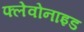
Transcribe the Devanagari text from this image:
फ्लेवोनाइड